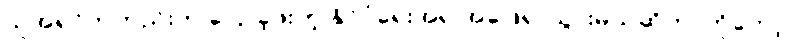
သူအရင်ကတည်းက ပြောခဲ့ဖူးတဲ့ နိုင်ငံရေးအရ အဖြေရှာသွားမယ်ဆိုတာကိုတော့